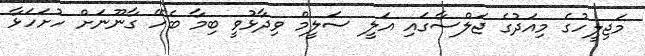
މަޖިލީހުގެ މިއަދުގެ ޖަލްސާގައި އަލީ ސަލީމް ވިދާޅުވީ ބިމާ ބެހޭ ގާނޫނަށް ހުށަހަޅާ